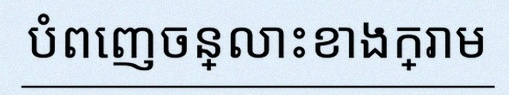
បំពេញចន្លោះខាងក្រោម